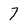
Character: 7